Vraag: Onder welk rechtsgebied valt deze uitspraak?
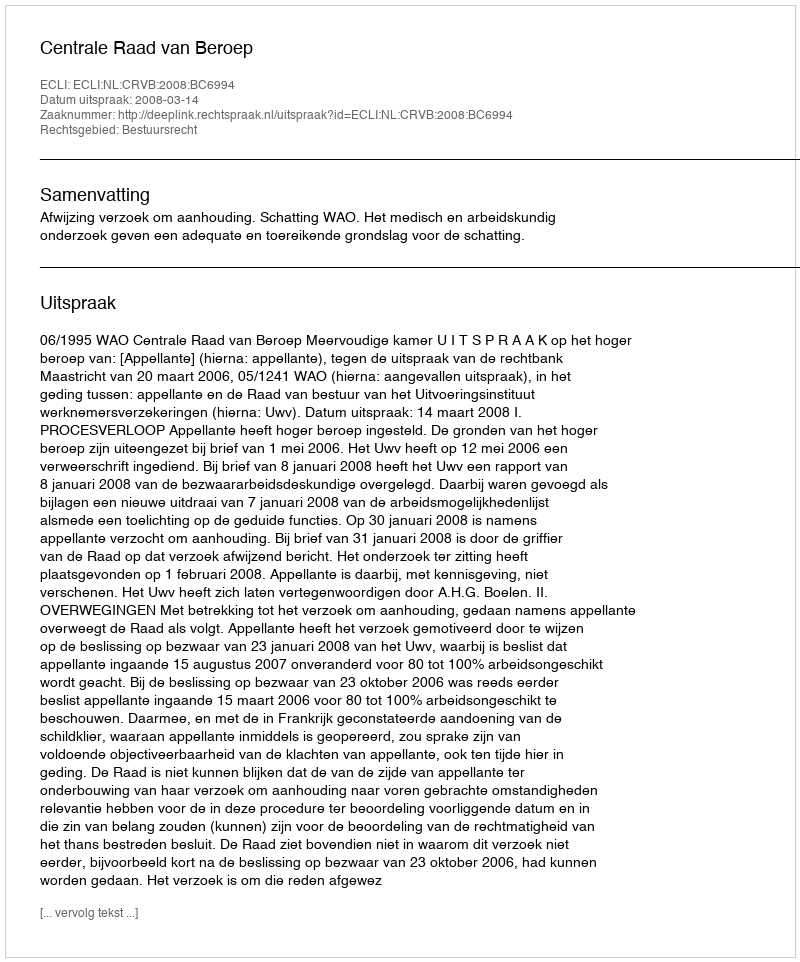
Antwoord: Bestuursrecht